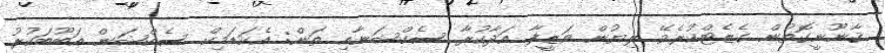
ޤާނޫނީގޮތުން ގެޒެޓްކުރެވޭ ލިޔުން ވަޒީފާ އަދާކުރާ ސެކްޝަނާއި ތަން: އެކަޑަމިކް ސެކްޝަން އަބޫބަކުރު